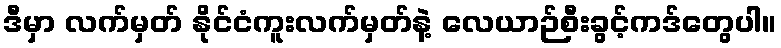
ဒီမှာ လက်မှတ် နိုင်ငံကူးလက်မှတ်နဲ့ လေယာဉ်စီးခွင့်ကဒ်တွေပါ။